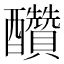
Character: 𨤆